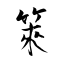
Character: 箂